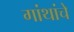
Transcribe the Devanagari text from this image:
गांथांचे